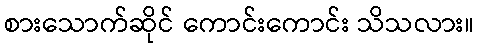
စားသောက်ဆိုင် ကောင်းကောင်း သိသလား။